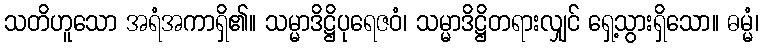
သတိဟူသော အရံအကာရှိ၏။ သမ္မာဒိဋ္ဌိပုရေဇဝံ၊ သမ္မာဒိဋ္ဌိတရားလျှင် ရှေ့သွားရှိသော။ ဓမ္မံ၊